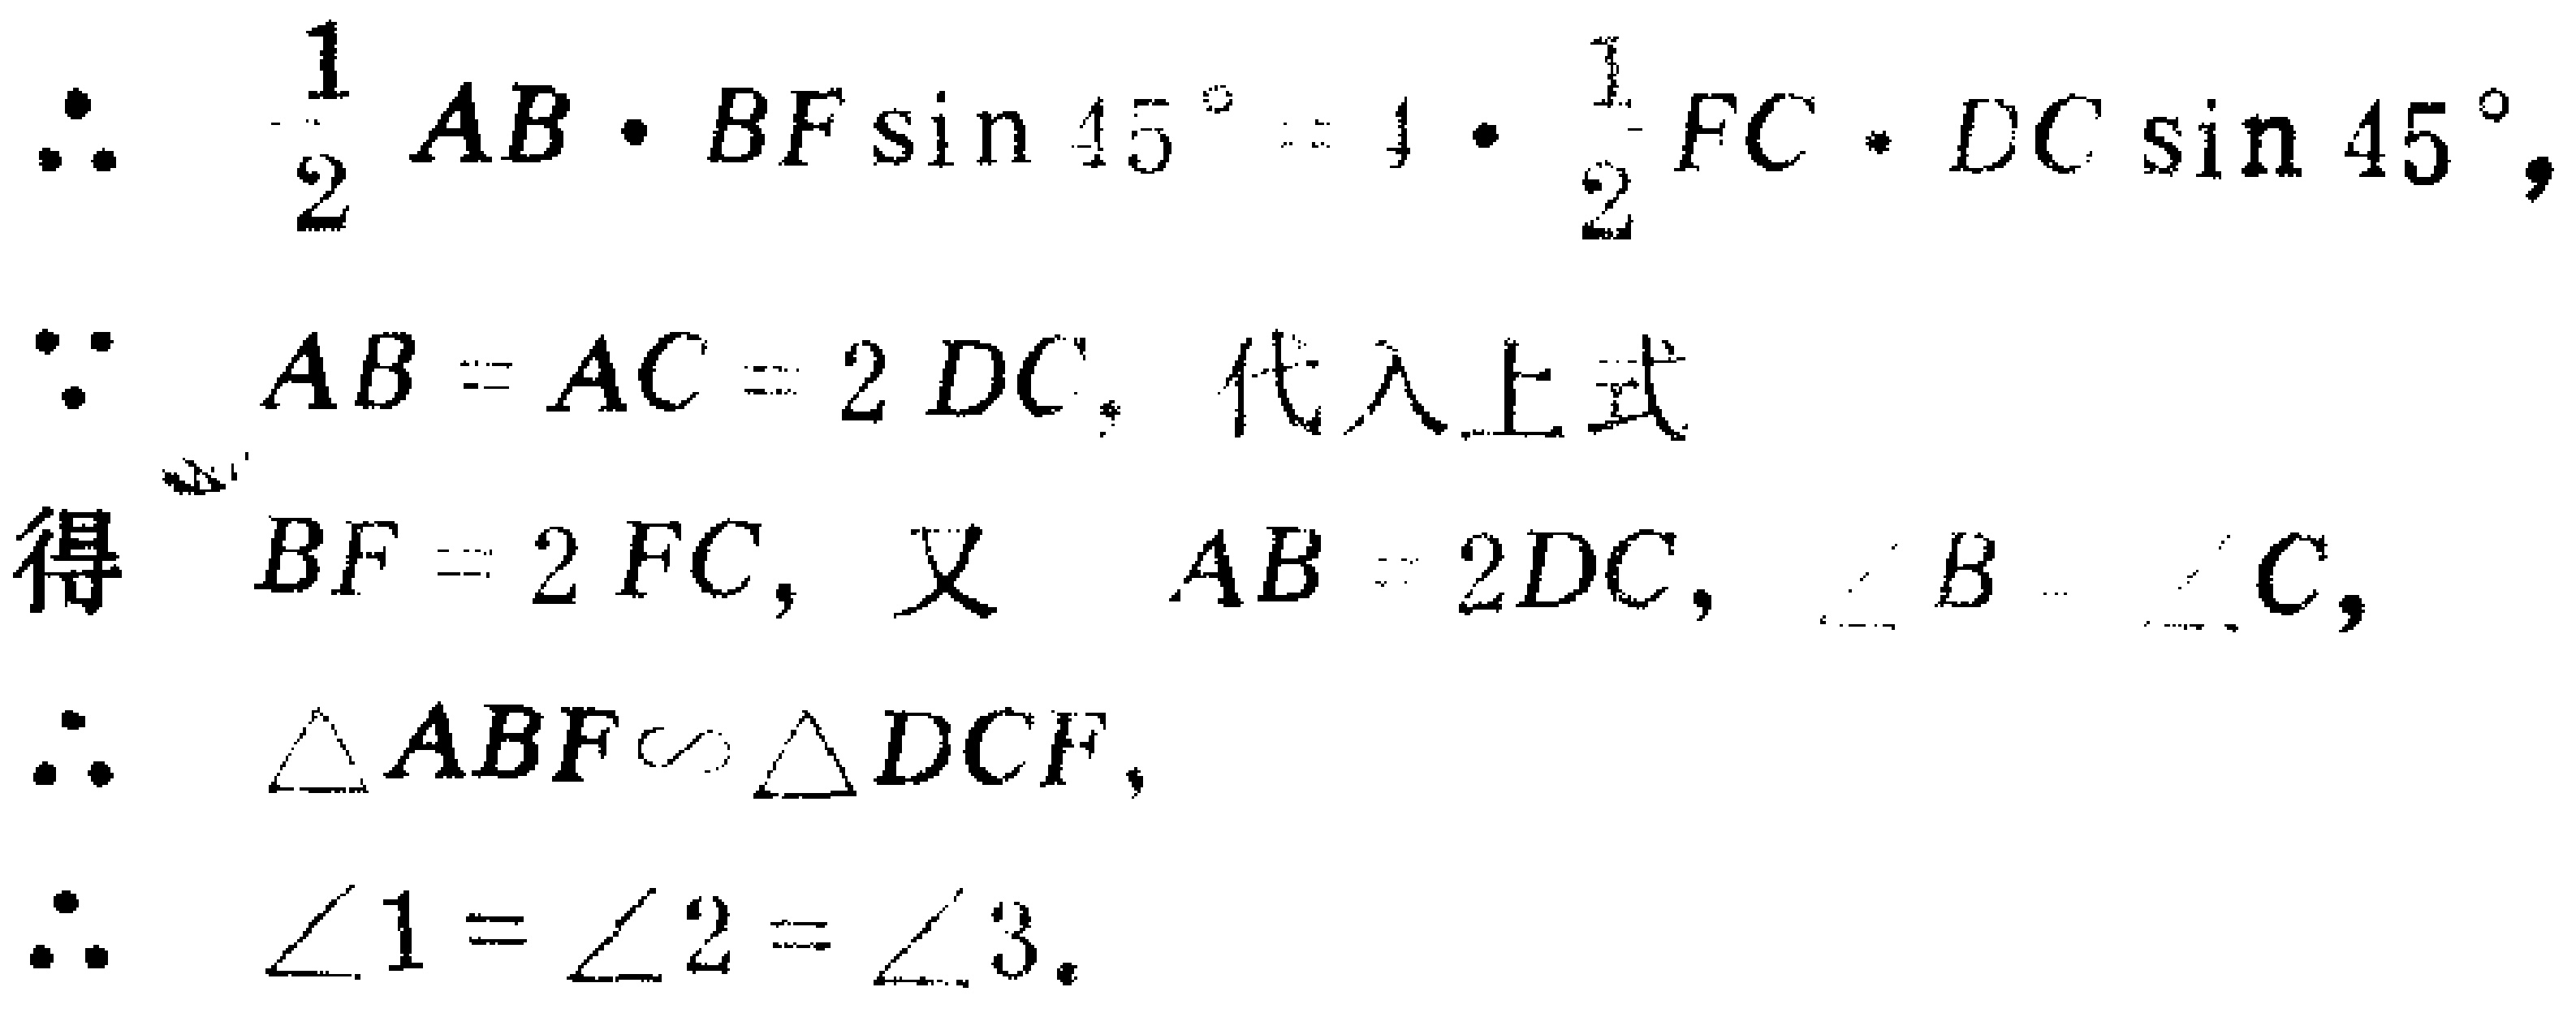
\(

\begin{align*}

&\therefore\quad \frac{1}{2}AB\cdot BF\sin45^{\circ}= 4\cdot\frac{1}{2}FC\cdot DC\sin45^{\circ},\\

&\because\quad AB = AC = 2DC,\text{ 代入上式}\\

&\text{得}\quad BF = 2FC,\text{ 又}\quad AB = 2DC,\angle B=\angle C,\\

&\therefore\quad \triangle ABF\sim\triangle DCF,\\

&\therefore\quad \angle 1=\angle 2=\angle 3.

\end{align*}

\)